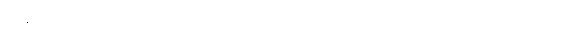
အစီးအပွားအလို့ငှာလည်းကောင်း။ သုခါယ၊ ချမ်းသာခြင်းငှာလည်းကောင်း။ မိတ္တာပစ္စာနံ၊